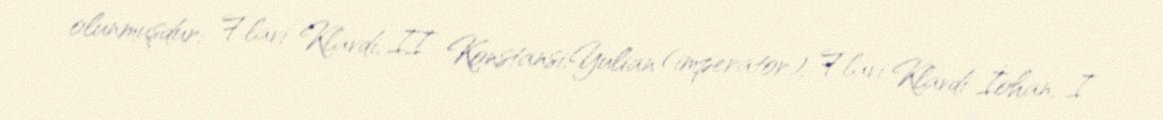
olunmuşdur: Flavi Klavdi, II Konstansi,Yulian (imperator), Flavi Klavdi İohan, I